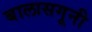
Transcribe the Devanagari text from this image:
बालासगूनी